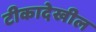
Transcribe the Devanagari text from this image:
टीकादेखील